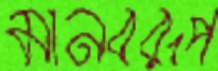
মানবরূপ